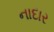
નાદાર